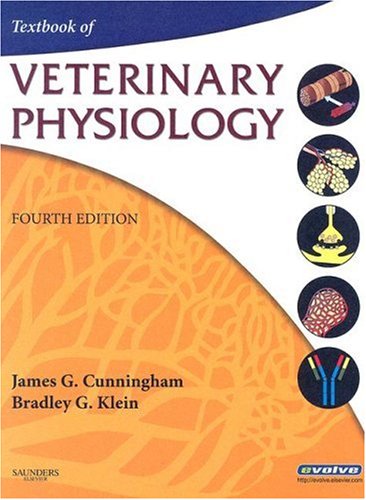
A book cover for Textbook of Veterinary Physiology, 4e; James G. Cunningham DVM  PhD; Medical Books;